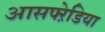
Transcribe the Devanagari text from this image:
आसफ्ऱेडिया